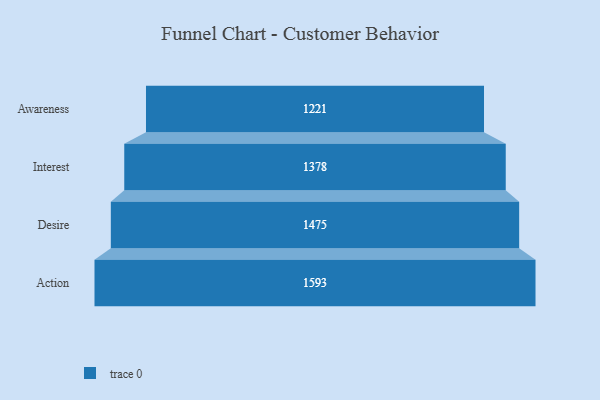
{"axis": {"x": "Stage", "y": "Value"}, "legend": [""], "data": [{"x": "Awareness", "y": 1221.0, "type": ""}, {"x": "Interest", "y": 1378.0, "type": ""}, {"x": "Desire", "y": 1475.0, "type": ""}, {"x": "Action", "y": 1593.0, "type": ""}]}